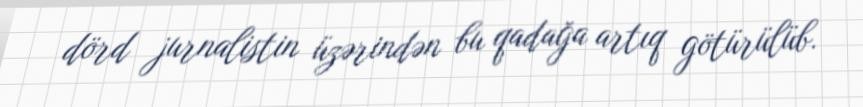
dörd jurnalistin üzərindən bu qadağa artıq götürülüb.